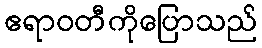
ဧရာဝတီကိုပြောသည်